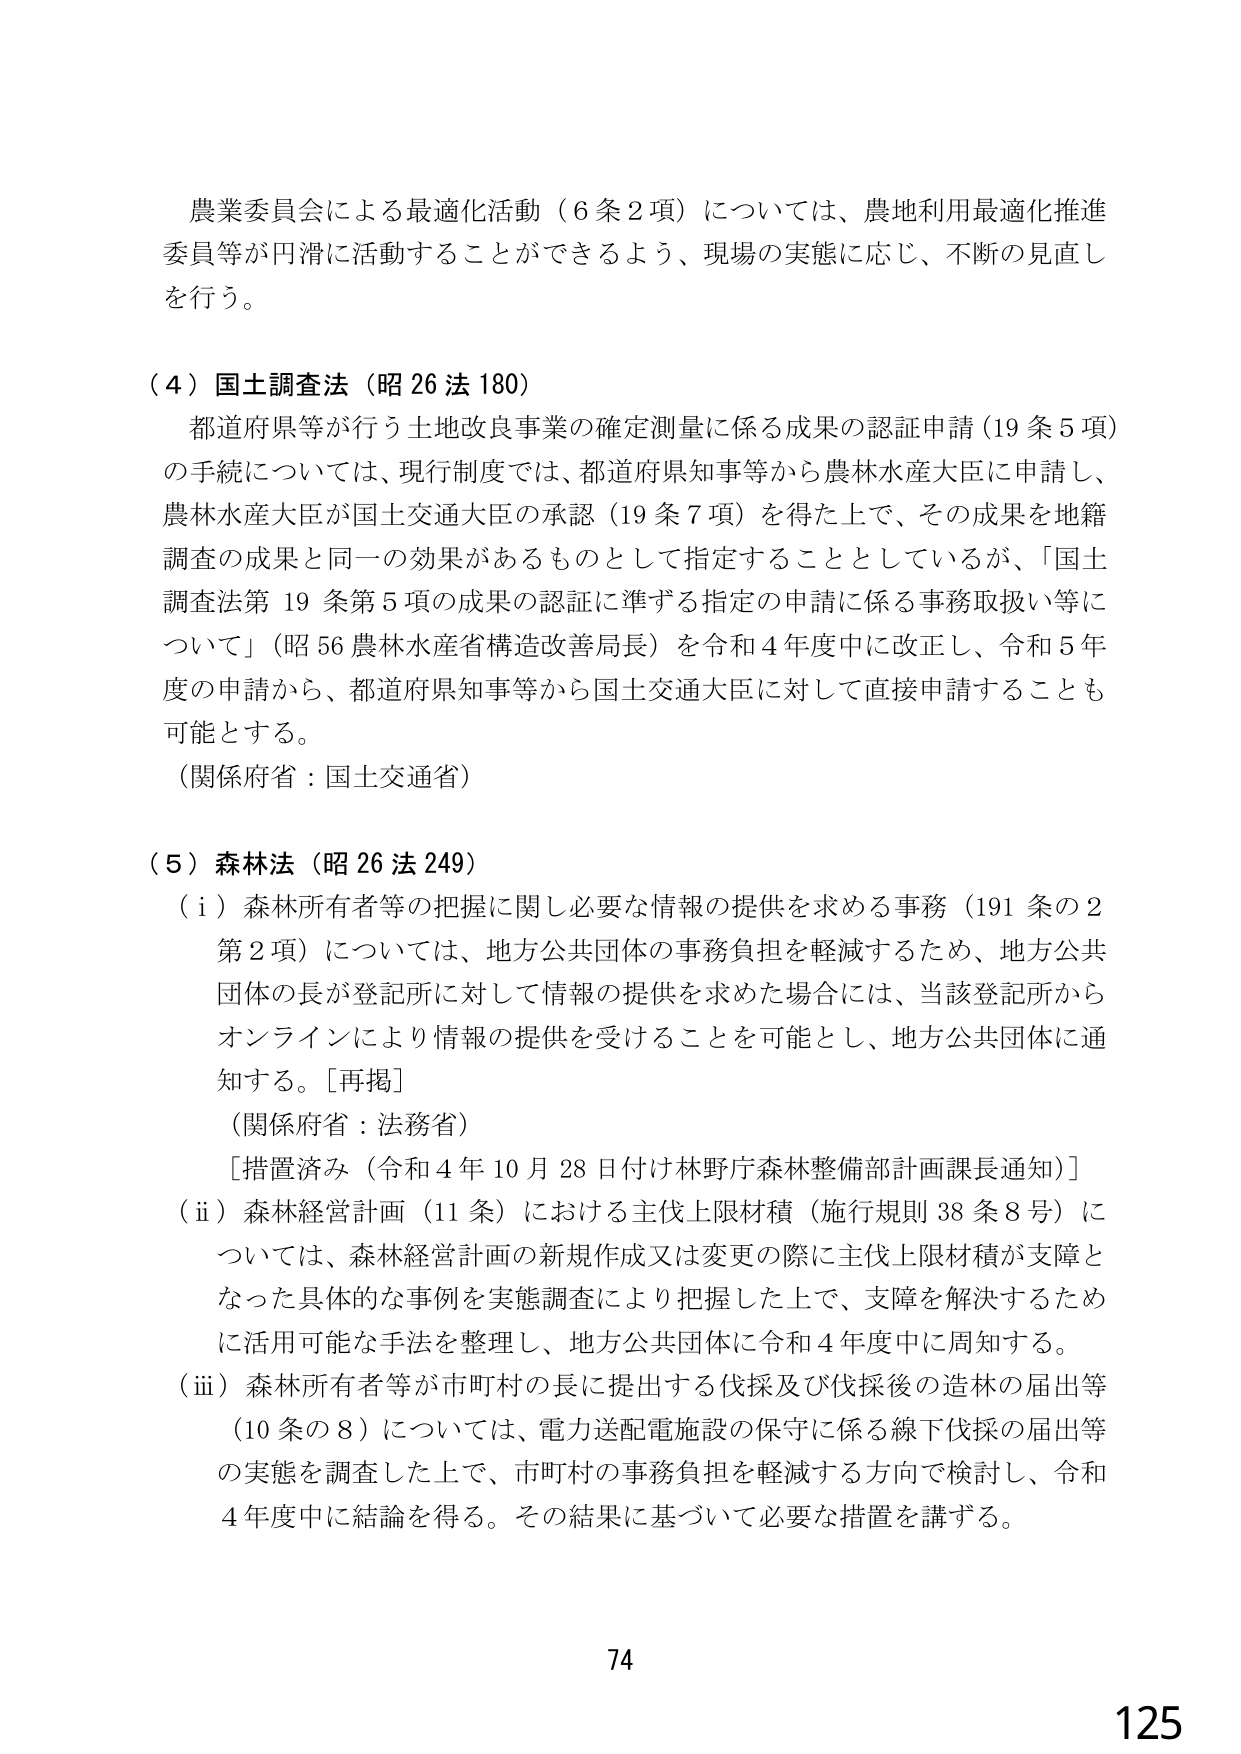
農業委員会による最適化活動（6条2項）については、農地利用最適化推進委員等が円滑に活動することができるよう、現場の実態に応じ、不断の見直しを行う。

（4）国土調査法（昭26法180）
都道府県等が行う土地改良事業の確定測量に係る成果の認証申請（19条5項）の手続については、現行制度では、都道府県知事等から農林水産大臣に申請し、農林水産大臣が国土交通大臣の承認（19条7項）を得た上で、その成果を地籍調査の成果と同一の効果があるものとして指定することとしているが、「国土調査法第19条第5項の成果の認証に準ずる指定の申請に係る事務取扱い等について」（昭56農林水産省構造改善局長）を令和4年度中に改正し、令和5年度の申請から、都道府県知事等から国土交通大臣に対して直接申請することも可能とする。
（関係府省：国土交通省）

（5）森林法（昭26法249）
（i）森林所有者等の把握に関し必要な情報の提供を求める事務（191条の2第2項）については、地方公共団体の事務負担を軽減するため、地方公共団体の長が登記所に対して情報の提供を求めた場合には、当該登記所からオンラインにより情報の提供を受けることを可能とし、地方公共団体に通知する。［再掲］
（関係府省：法務省）
［措置済み（令和4年10月28日付け林野庁森林整備部計画課長通知）］
（ii）森林経営計画（11条）における主伐上限材積（施行規則38条8号）については、森林経営計画の新規作成又は変更の際に主伐上限材積が支障となった具体的な事例を実態調査により把握した上で、支障を解決するために活用可能な手法を整理し、地方公共団体に令和4年度中に周知する。
（iii）森林所有者等が市町村の長に提出する伐採及び伐採後の造林の届出等（10条の8）については、電力送配電施設の保守に係る線下伐採の届出等の実態を調査した上で、市町村の事務負担を軽減する方向で検討し、令和4年度中に結論を得る。その結果に基づいて必要な措置を講ずる。

74
125